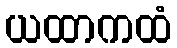
ယထာကထံ